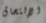
الإلتحاق